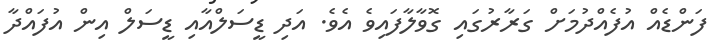
ފަންޑެއް އުފެއްދުމަށް ގަރާރުގައި ގޮވާލާފައިވެ އެވެ. އަދި ޑީސަލްއާއި ޑީސަލް އިން އުފައްދާ